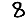
Digit: 8